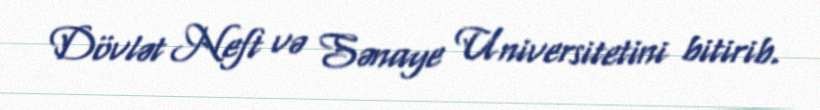
Dövlət Neft və Sənaye Universitetini bitirib.